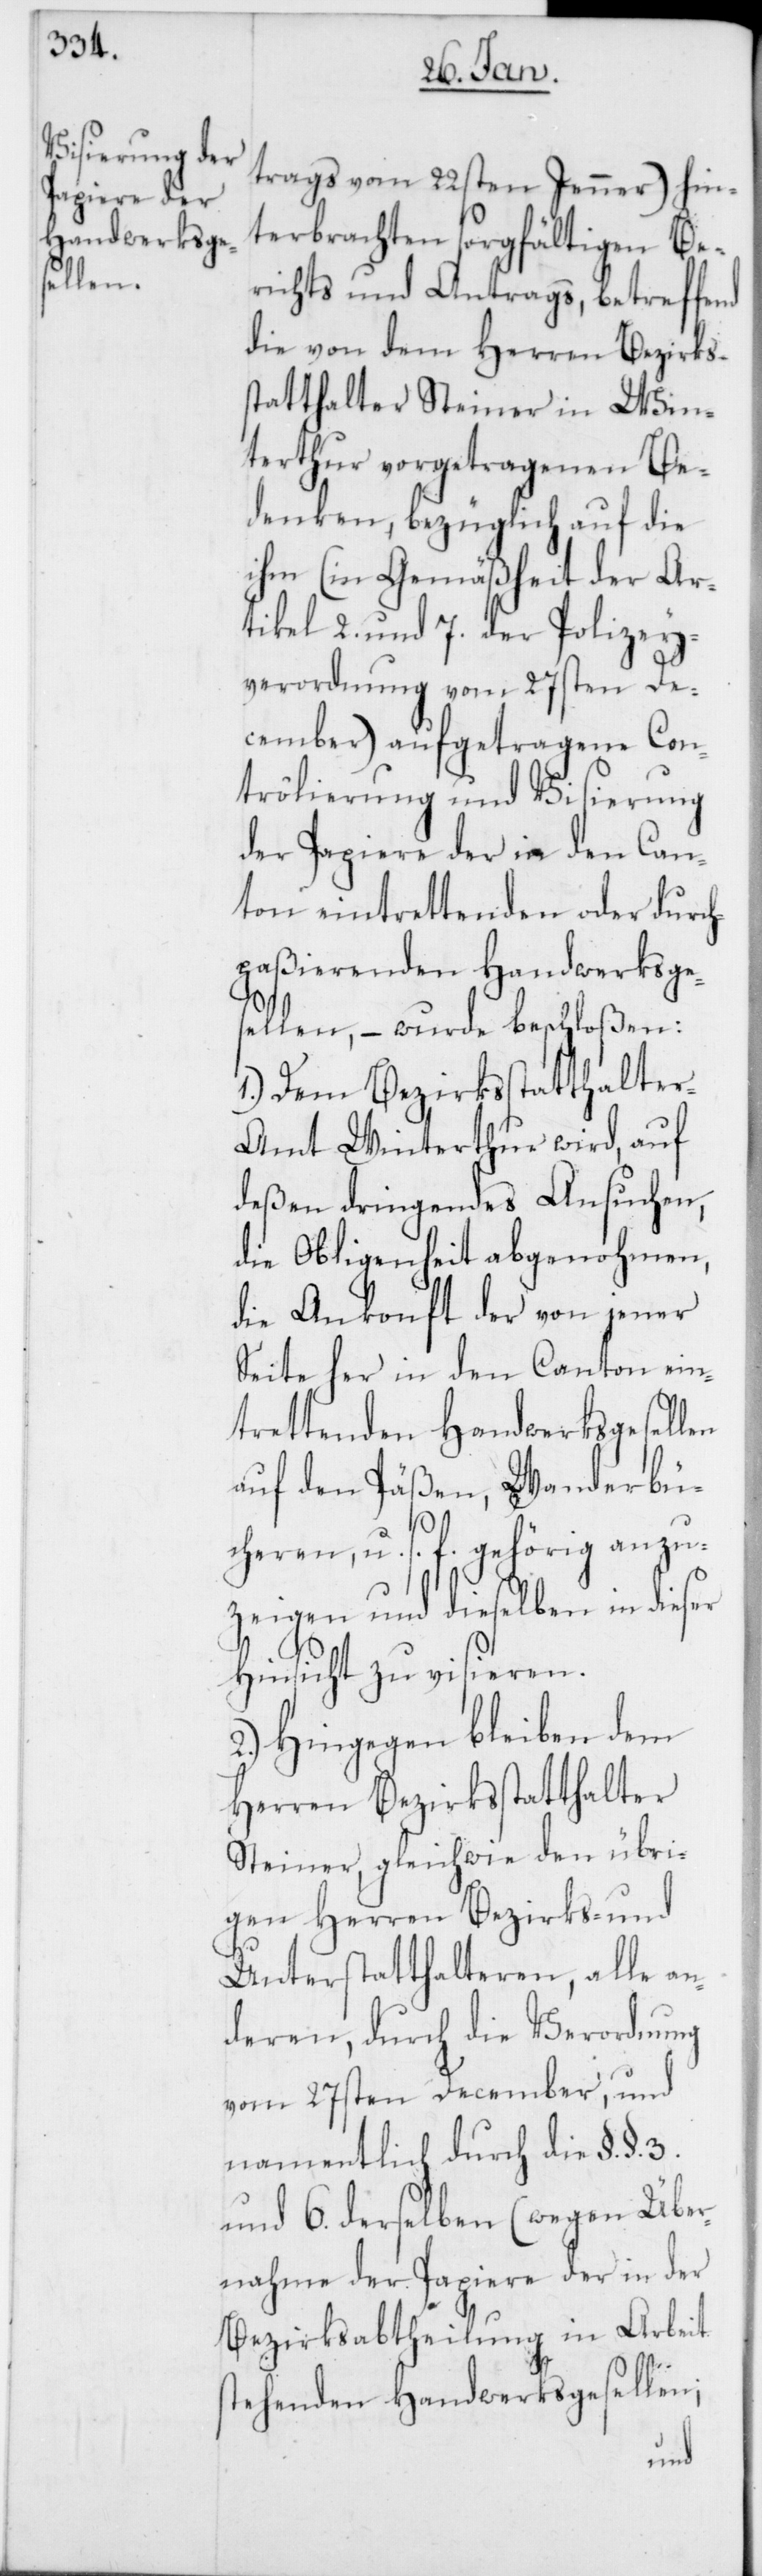
trags vom 22sten Jenner) hin¬
terbrachten sorgfältigen Be¬
richts und Antrags, betreffend
die von dem Herren Bezirks¬
statthalter Steiner in Win¬
terthur vorgetragenen Be¬
denken, bezüglich auf die
ihm (in Gemäßheit der Ar¬
tikel 2. und 7. der Polizey¬
verordnung vom 27sten De¬
cember) aufgetragene Con¬
trôlierung und Visierung
der Papiere der in den Can¬
ton eintrettenden oder durch¬
paßierenden Handwerksge¬
sellen, – wurde beschloßen:
1.) Dem Bezirksstatthalter-A¬
mt Winterthur wird, auf
deßen dringendes Ansuchen,
die Obliegenheit abgenohmen,
die Ankonft der von jener
Seite her in den Canton ein¬
trettenden Handwerksgesellen
auf den Päßen, Wanderbü¬
cheren u. s. f. gehörig anzu¬
zeigen und dieselben in dieser
Hinsicht zu visieren.
2.) Hingegen bleiben dem
Herren Bezirksstatthalter
Steiner, gleichwie den übri¬
gen Herren Bezirks- und
Unterstatthalteren, alle an¬
deren, durch die Verordnung
vom 27sten December, und
namentlich durch die §. §. 3.
und 6. derselben (wegen Über¬
nahme der Papiere der in der
Bezirksabtheilung in Arbeit
stehenden Handwerksgesellen;